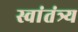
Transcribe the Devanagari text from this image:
स्वांतंत्र्य